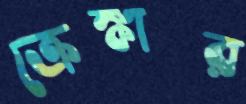
ক্রেঙ্কার